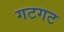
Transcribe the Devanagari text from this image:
गटगट